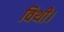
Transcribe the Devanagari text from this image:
विथी।